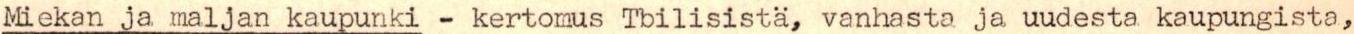
Miekan ja maljan kaupunki - kertomus Tbilisistä, vanhasta ja uudesta kaupungista,